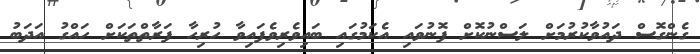
ގެންގޮސް ދައުވާކުރުމަށް ލަސްނުކޮށް ފޮނުވައި އެކަމުގައި ބައިވެރިވެފައިވާ ހުރިހާ ފަރާތްތަކަށް ހައްގު އަދަބު